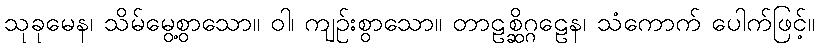
သုခုမေန၊ သိမ်မွေ့စွာသော။ ဝါ၊ ကျဉ်းစွာသော။ တာဠစ္ဆိဂ္ဂဠေန၊ သံကောက် ပေါက်ဖြင့်။